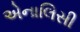
એનાલિસી